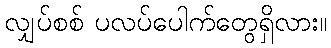
လျှပ်စစ် ပလပ်ပေါက်တွေရှိလား။